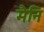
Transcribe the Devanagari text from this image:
मैनि